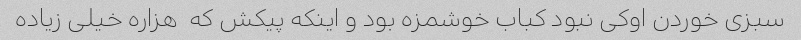
سبزی خوردن اوکی نبود کباب خوشمزه بود و اینکه پیکش که  هزاره خیلی زیاده